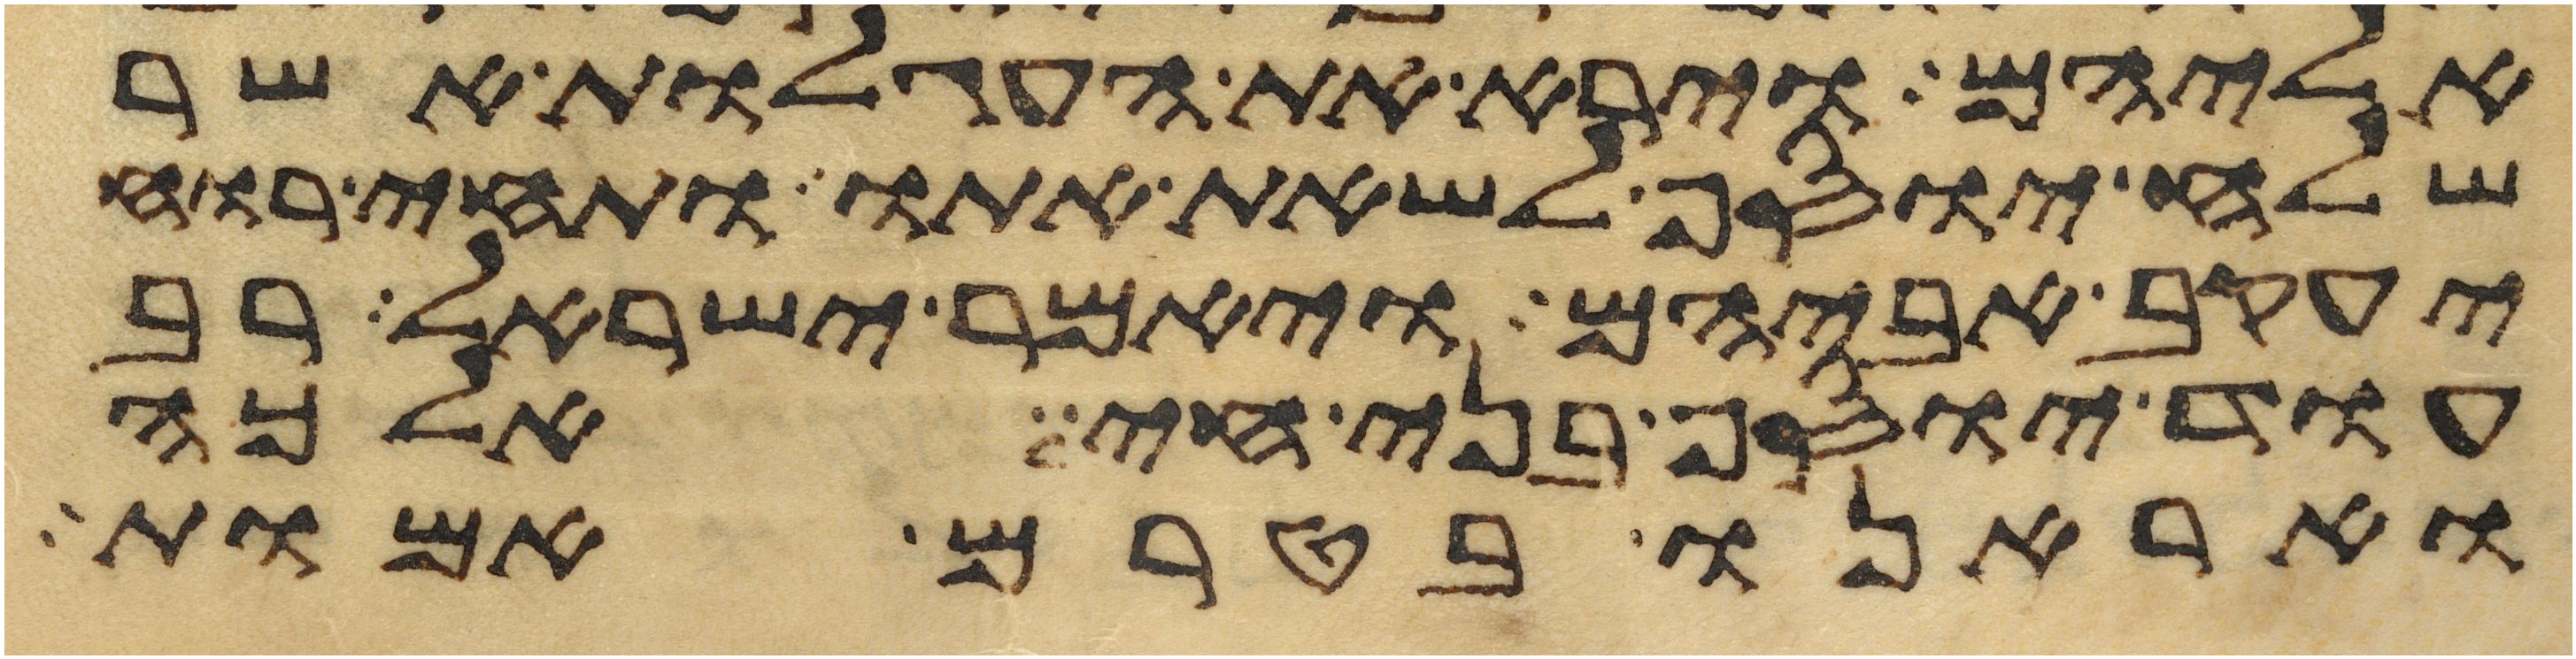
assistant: אליהם וירא את העגלות אשר
שלח יוסף לשאת אתו ותחי רוח
יעקב אביהם ויאמר ישראל רב
עוד יוסף בני חי אלכה
ואראנו בטרם אמות